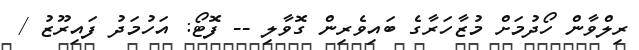
ރިލްވާން ހޯދުމަށް މުޒާހަރާގެ ބައިވެރިން ގޮވާލި -- ފޮޓޯ: އަހުމަދު ފައިރޫޒު /